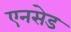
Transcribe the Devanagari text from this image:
एनसेड